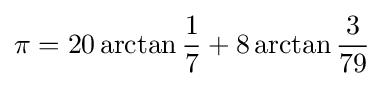
{\pi }=20\arctan {\frac {1}{7}}+8\arctan {\frac {3}{79}}